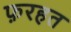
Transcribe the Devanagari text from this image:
फ़रहत